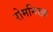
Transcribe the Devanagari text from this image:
रोमनिस्क़